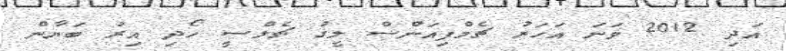
އަދި 2012 ވަނަ އަހަރު ޗެމްޕިއަންސް ލީގު ޗެލްސީ ހޯދި އިރު ބަޔާން